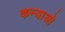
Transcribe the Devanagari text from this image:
कन्याओ